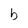
Character: b